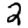
Digit: 2